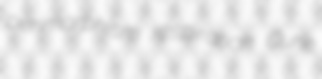
perimorphism respiration Curie